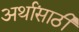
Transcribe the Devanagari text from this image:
अर्थांसाठी